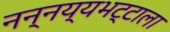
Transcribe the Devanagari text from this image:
नन्नय्यभट्टाला